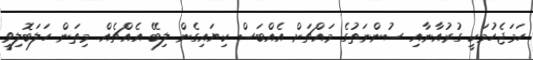
ހަމަޖެހުމަކީ ގުރުއާނާއި ސުންނަތުގެ މައްޗަށް އެއްބަސް ކިޔައިގެން ލިބޭ އެއްޗެއް. މިތަން ހަލަބޮލިވީ